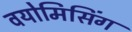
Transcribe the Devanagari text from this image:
वयोमिसिंग